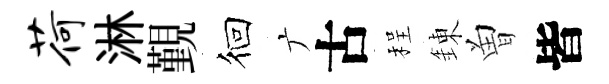
荷淋覲徊广古程錬曽皆